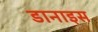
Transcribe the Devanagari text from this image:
डानाइस